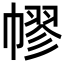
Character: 𢄪